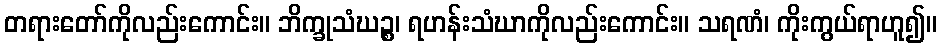
တရားတော်ကိုလည်းကောင်း။ ဘိက္ခုသံဃဉ္စ၊ ရဟန်းသံဃာကိုလည်းကောင်း။ သရဏံ၊ ကိုးကွယ်ရာဟူ၍။